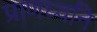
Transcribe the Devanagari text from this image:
प्राणध्वनि